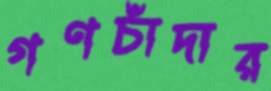
গণচাঁদার